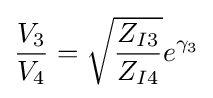
{\frac {V_{3}}{V_{4}}}={\sqrt {\frac {Z_{I3}}{Z_{I4}}}}e^{\gamma _{3}}